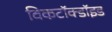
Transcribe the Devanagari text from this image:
विकटॉक्डॉइड